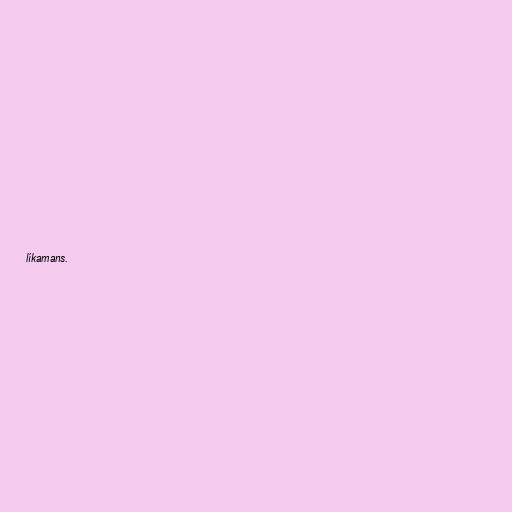
líkamans.